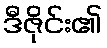
ဒီဇိုင်း၏